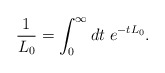
\begin{align*}\frac{1}{L_0} = \int_0^\infty dt \;e^{-tL_0}.\end{align*}